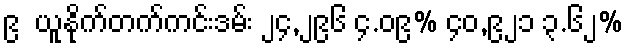
၉  ယူနိုက်တက်ကင်းဒမ်း ၂၄,၂၉၆ ၄.၀၉% ၄၀,၉၂၁ ၃.၆၂%